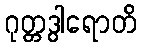
ဂုတ္တဒွါရောတိ